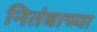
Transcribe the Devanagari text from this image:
नितंबाच्या